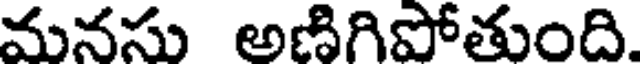
మనసు అణిగిపోతుంది.